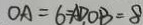
O A = 6 = A D . O B = 8